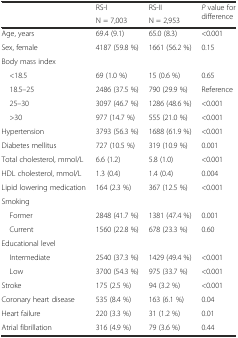
<table><thead><tr><td></td><td><b>RS-I</b></td><td><b>RS-II</b></td><td rowspan="2"><b><i>P</i> value for difference</b></td></tr><tr><td></td><td><b>N = 7,003</b></td><td><b>N = 2,953</b></td></tr></thead><tbody><tr><td>Age, years</td><td>69.4 (9.1)</td><td>65.0 (8.3)</td><td>&lt;0.001</td></tr><tr><td>Sex, female</td><td>4187 (59.8 %)</td><td>1661 (56.2 %)</td><td>0.15</td></tr><tr><td>Body mass index</td><td></td><td></td><td></td></tr><tr><td> &lt;18.5</td><td>69 (1.0 %)</td><td>15 (0.6 %)</td><td>0.65</td></tr><tr><td> 18.5–25</td><td>2486 (37.5 %)</td><td>790 (29.9 %)</td><td>Reference</td></tr><tr><td> 25–30</td><td>3097 (46.7 %)</td><td>1286 (48.6 %)</td><td>&lt;0.001</td></tr><tr><td> &gt;30</td><td>977 (14.7 %)</td><td>555 (21.0 %)</td><td>&lt;0.001</td></tr><tr><td>Hypertension</td><td>3793 (56.3 %)</td><td>1688 (61.9 %)</td><td>&lt;0.001</td></tr><tr><td>Diabetes mellitus</td><td>727 (10.5 %)</td><td>319 (10.9 %)</td><td>0.001</td></tr><tr><td>Total cholesterol, mmol/L</td><td>6.6 (1.2)</td><td>5.8 (1.0)</td><td>&lt;0.001</td></tr><tr><td>HDL cholesterol, mmol/L</td><td>1.3 (0.4)</td><td>1.4 (0.4)</td><td>0.004</td></tr><tr><td>Lipid lowering medication</td><td>164 (2.3 %)</td><td>367 (12.5 %)</td><td>&lt;0.001</td></tr><tr><td>Smoking</td><td></td><td></td><td></td></tr><tr><td> Former</td><td>2848 (41.7 %)</td><td>1381 (47.4 %)</td><td>0.001</td></tr><tr><td> Current</td><td>1560 (22.8 %)</td><td>678 (23.3 %)</td><td>0.60</td></tr><tr><td>Educational level</td><td></td><td></td><td></td></tr><tr><td> Intermediate</td><td>2540 (37.3 %)</td><td>1429 (49.4 %)</td><td>&lt;0.001</td></tr><tr><td> Low</td><td>3700 (54.3 %)</td><td>975 (33.7 %)</td><td>&lt;0.001</td></tr><tr><td>Stroke</td><td>175 (2.5 %)</td><td>94 (3.2 %)</td><td>&lt;0.001</td></tr><tr><td>Coronary heart disease</td><td>535 (8.4 %)</td><td>163 (6.1 %)</td><td>0.04</td></tr><tr><td>Heart failure</td><td>220 (3.3 %)</td><td>31 (1.2 %)</td><td>0.01</td></tr><tr><td>Atrial fibrillation</td><td>316 (4.9 %)</td><td>79 (3.6 %)</td><td>0.44</td></tr></tbody></table>